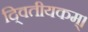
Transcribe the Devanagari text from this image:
दि्वतीयकम्।